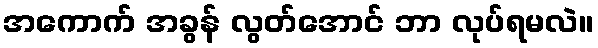
အကောက် အခွန် လွတ်အောင် ဘာ လုပ်ရမလဲ။